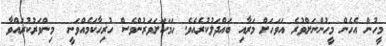
މީހުން އެހެން މީހުންނަށްވުރެ އަވަހަށް މަރާއި ބައްދަލުކުރެއެވެ. ހަމަކަށަވަރުންވެސް ހުރިހާކަމެއްވަނީ  މިންވަރުކުރައްވާ